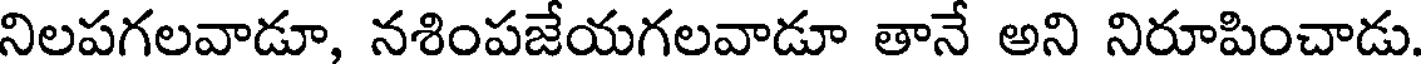
నిలపగలవాడూ, నశింపజేయగలవాడూ తానే అని నిరూపించాడు